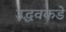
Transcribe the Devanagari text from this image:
उद्धवकडे